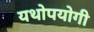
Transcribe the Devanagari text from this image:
यथोपयोगी